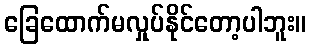
ခြေထောက်မလှုပ်နိုင်တော့ပါဘူး။